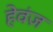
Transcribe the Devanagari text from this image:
हेवंज़